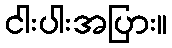
ငါးပါးအပြား။